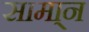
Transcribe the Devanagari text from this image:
सामा्न